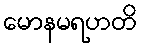
မောနမရဟတိ